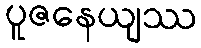
ပူဇနေယျဿ